Medical and sanitary report of the native army of Bengal for the year
Year: 1874
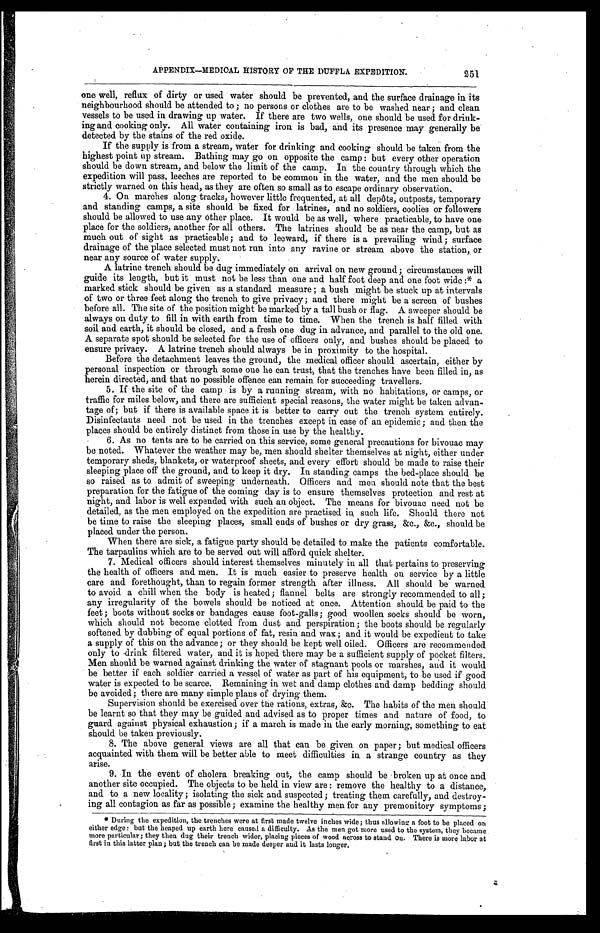
APPENDIX—MEDICAL HISTORY OF THE DUFFLA EXPEDITION. 251
one well, reflux of dirty or used water should be prevented, and the surface drainage in its
neighbourhood should be attended to; no persons or clothes are to be washed near; and clean
vessels to be used in drawing up water. If there are two wells, one should be used for drink-
ing and cooking only. All water containing iron is bad, and its presence may generally be
detected by the stains of the red oxide.
If the supply is from a stream, water for drinking and cooking should be taken from the
highest point up stream. Bathing may go on opposite the camp: but every other operation
should be down stream, and below the limit of the camp. In the country through which the
expedition will pass, leeches are reported to be common in the water, and the men should be
strictly warned on this head, as they are often so small as to escape ordinary observation.
4. On marches along tracks, however little frequented, at all depôts, outposts, temporary
and standing camps, a site should be fixed for latrines, and no soldiers, coolies or followers
should be allowed to use any other place. It would be as well, where practicable, to have one
place for the soldiers, another for all others. The latrines should be as near the camp, but as
much out of sight as practicable; and to leeward, if there is a prevailing wind; surface
drainage of the. place selected must not run into any ravine or stream above the station, or
near any source of water supply.
A latrine trench should be dug immediately on arrival on new ground; circumstances will
guide its length, but it must not be less than one and half foot deep and one foot wide:*
marked stick should be given as a standard measure; a bush might be stuck up at intervals
of two or three feet along the trench to give privacy; and there might be a screen of bushes
before all. The site of the position might be marked by a tall bush or flag. A sweeper should be
always on duty to fill in with earth from time to time. When the trench is half filled with
soil and earth, it should be closed, and a fresh one dug in advance, and parallel to the old one.
A separate spot should be selected for the use of officers only, and bushes should be placed to
ensure privacy. A latrine trench should always be in proximity to the hospital.
Before the detachment leaves the ground, the medical officer should ascertain, either by
personal inspection or through some one he can trust, that the trenches have been filled in, as
herein directed, and that no possible offence can remain for succeeding travellers.
5. If the site of the camp is by a running stream, with no habitations, or camps, or
traffic for miles below, and there are sufficient spacial reasons, the water might be taken advan-
tage of; but if there is available space it is better to carry out the trench system entirely.
Disinfectants need not be used in the trenches except in case of an epidemic; and then the
places should be entirely distinct from those in use by the healthy.
6. As no tents are to be carried on this service, some general precautions for bivouac may
be noted. Whatever the weather may be, men should shelter themselves at night, either under
temporary sheds, blankets, or waterproof sheets, and every effort should be made to raise their
sleeping place off the ground, and to keep it dry. In standing camps the bed-place should be
so raised as to admit of sweeping underneath. Officers and men should note that the best
preparation for the fatigue of the coming day is to ensure themselves protection and rest at
night, and labor is well expended with such an object. The means for bivouac need not be
detailed, as the men employed on the expedition are practised in such life. Should there not
be time to raise the sleeping places, small ends of bushes or dry grass, &c., &c., should be
placed under the person.
When there are sick, a fatigue party should be detailed to make the patients comfortable.
The tarpaulins which are to be served out will afford quick shelter.
7. Medical officers should interest themselves minutely in all that pertains to preserving
the health of officers and men. It is much easier to preserve health on service by a little
care and forethought, than to regain former strength after illness. All should be warned
to avoid a chill when the body is heated; flannel belts are strongly recommended to all;
any irregularity of the bowels should be noticed at once. Attention should be paid to the
feet; boots without socks or bandages cause foot-galls; good woollen socks should be worn,
which should not become clotted from dust and perspiration; the boots should be regularly
softened by dubbing of equal portions of fat, resin and wax; and it would be expedient to take
a supply of this on the advance; or they should be kept well oiled. Officers are recommended
only to drink filtered water, and it is hoped there may be a sufficient supply of pocket filters.
Men should be warned against drinking the water of stagnant pools or marshes, and it would
be better if each soldier carried a vessel of water as part of his equipment, to be used if good
water is expected to be scarce. Remaining in wet and damp clothes and damp bedding should
be avoided; there are many simple plans of drying them.
Supervision should be exercised over the rations, extras, &c. The habits of the men should
be learnt so that they may be guided and advised as to proper times and nature of food, to
guard against physical exhaustion; if a march is made in the early morning, something to eat
should be taken previously.
8. The above general views are all that can be given on paper; but medical officers
acquainted with them will be better able to meet difficulties in a strange country as they
arise.
9. In the event of cholera breaking out, the camp should be broken up at once and
another site occupied. The objects to be held in view are: remove the healthy to a distance,
and to a new locality; isolating the sick and suspected; treating them carefully, and destroy-
ing all contagion as far as possible; examine the healthy men for any premonitory symptoms;
* During the expedition, the trenches were at first made twelve inches wide; thus allowing a foot to be placed on
either edge: but the heaped up earth here caused a difficulty. As the men got more used to the system, they became
more particular; they then dug their trench wider, placing pieces of wood across to stand on. There is more labor at
first in this latter plan; but the trench can be made deeper and it lasts longer.